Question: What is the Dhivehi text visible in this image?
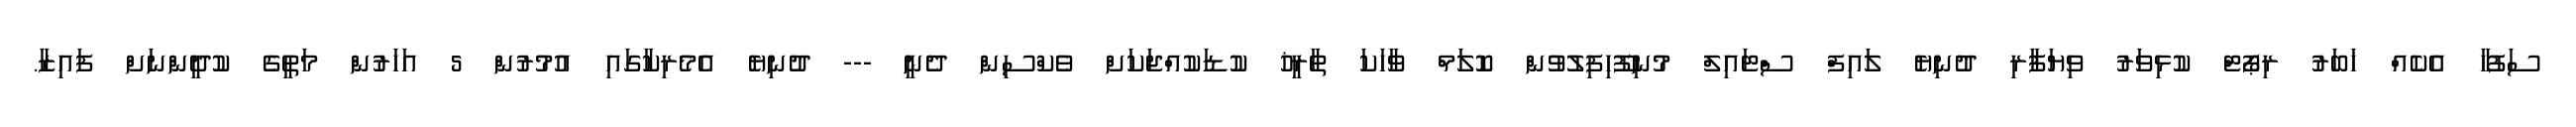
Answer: ސަފުހާ އެކެއް ޚަބަރު ރިޕޯޓް ކުޅިވަރު ވިޔަފާރި ދުނިޔެ ލައިފް ސްޓައިލް މުނިފޫހިފިލުވުން ކޮލަމް ވާހަކަ ތާރީޚު ކުޑަކުއްޖަކަށް ވެކްސިން ދެނީ --- ދުނިޔެ އެމެރިކާގައި އުމުރުން 5 އަހަރުން މަތީގެ ކުދީންނަށް ފައިޒާ.